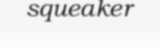
squeaker